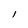
Character: l